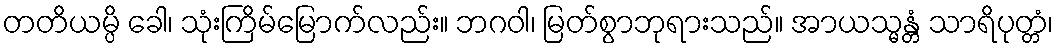
တတိယမ္ပိ ခေါ၊ သုံးကြိမ်မြောက်လည်း။ ဘဂဝါ၊ မြတ်စွာဘုရားသည်။ အာယသ္မန္တံ သာရိပုတ္တံ၊